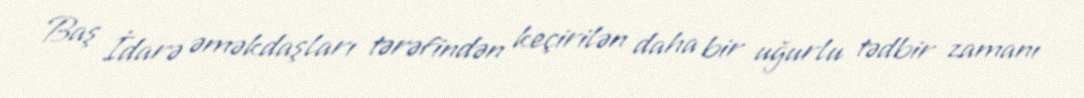
Baş İdarə əməkdaşları tərəfindən keçirilən daha bir uğurlu tədbir zamanı